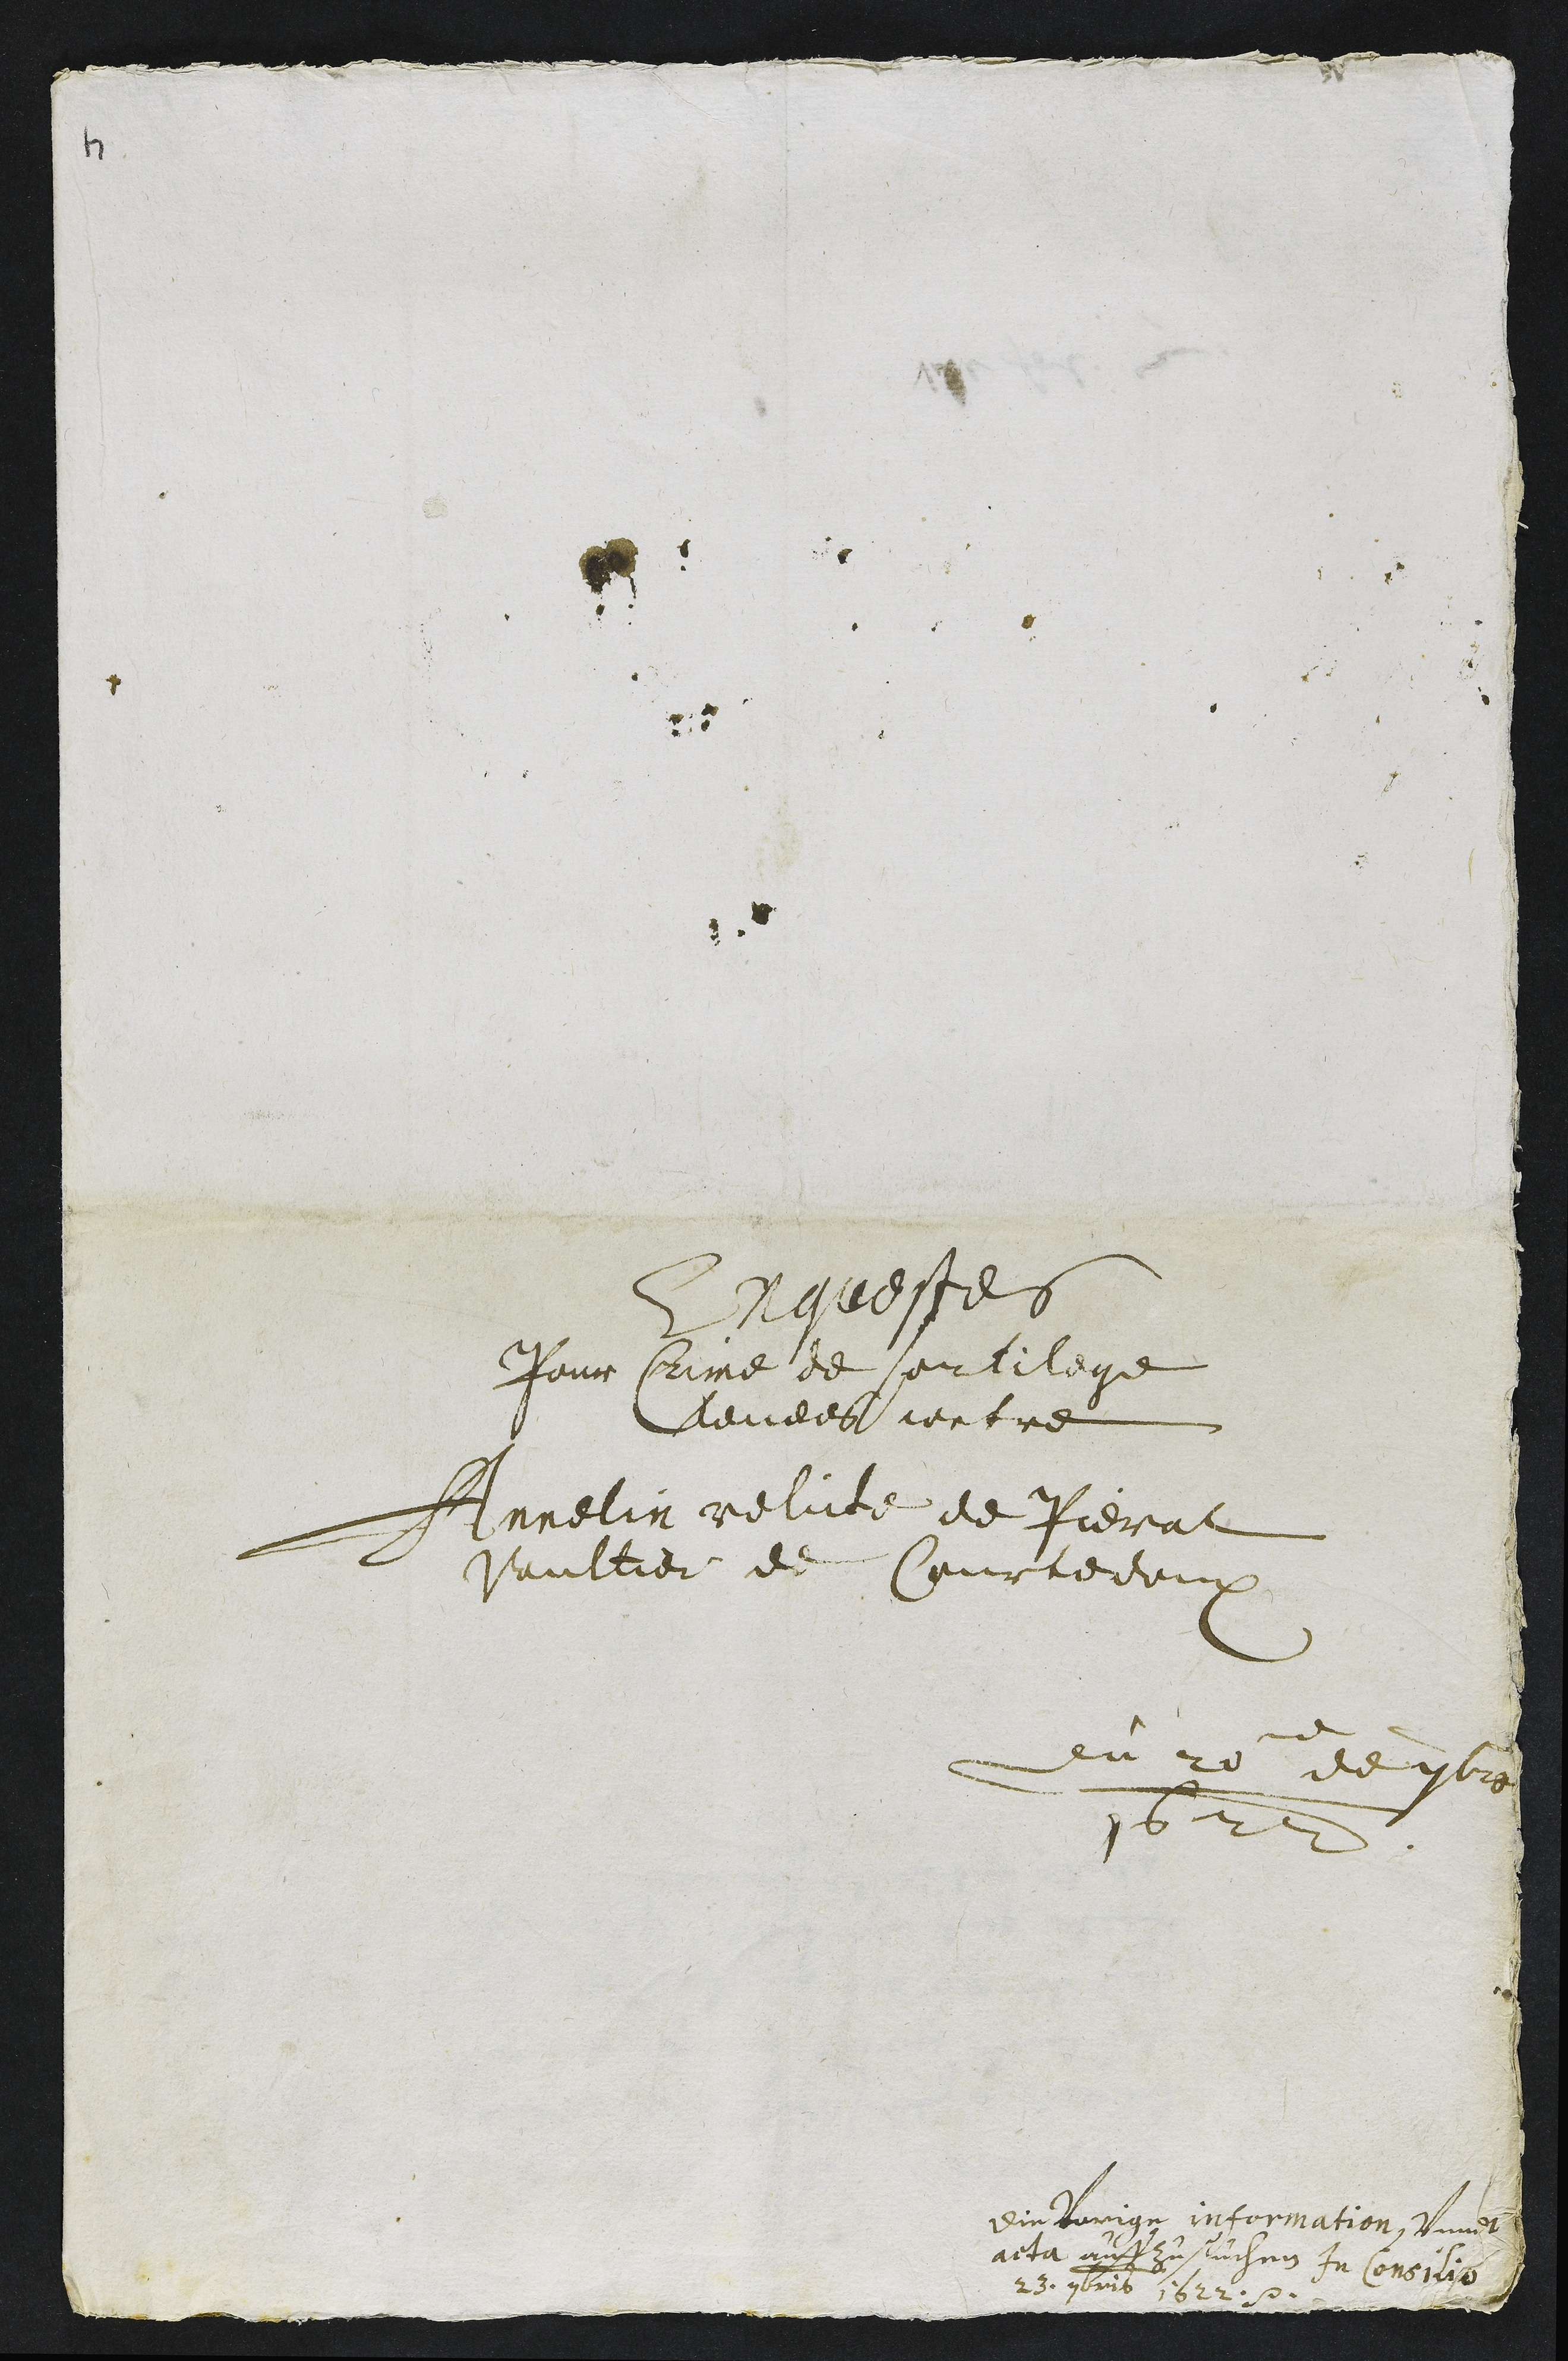
Enqueste
Pour Crime de sortilege
levees contre
Annelin relicte de Pierat
Vaultier de Courtedoux
du 20e de 7bre
1622
Die Vorige information, Vnndt
acta auffzusuchen In Consilio
23. 7bris 1622.